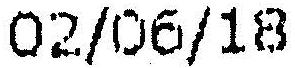
02/06/18